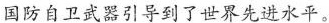
国防自卫武器引导到了世界先进水平。